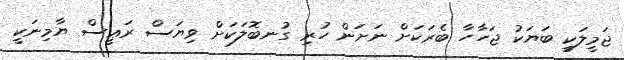
ޖަމީލަކީ ބަޔަކު ޖަހާހާ ބެރަކަށް ނަށަން ހުރި ގުނބޮލަކަށް ވިޔަސް ރަޢީސް ޔާމިނަކީ